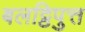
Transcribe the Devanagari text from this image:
बलट्ठिपुत्त